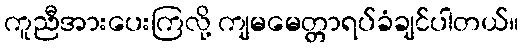
ကူညီအားပေးကြလို့ ကျမမေတ္တာရပ်ခံချင်ပါတယ်။